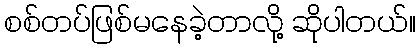
စစ်တပ်ဖြစ်မနေခဲ့တာလို့ ဆိုပါတယ်။